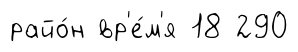
райо́н вр'е́м'я 18 290